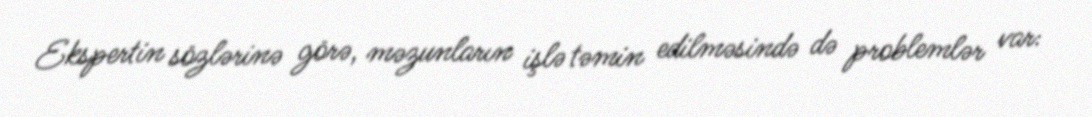
Ekspertin sözlərinə görə, məzunların işlə təmin edilməsində də problemlər var: